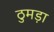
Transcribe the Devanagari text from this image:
ठुमड़ा